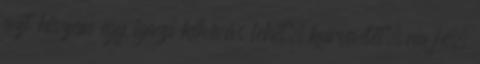
azt hiszem egy igazi kihívás lehet. kurvaélet. na jó,